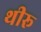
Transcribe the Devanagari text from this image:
थीरू